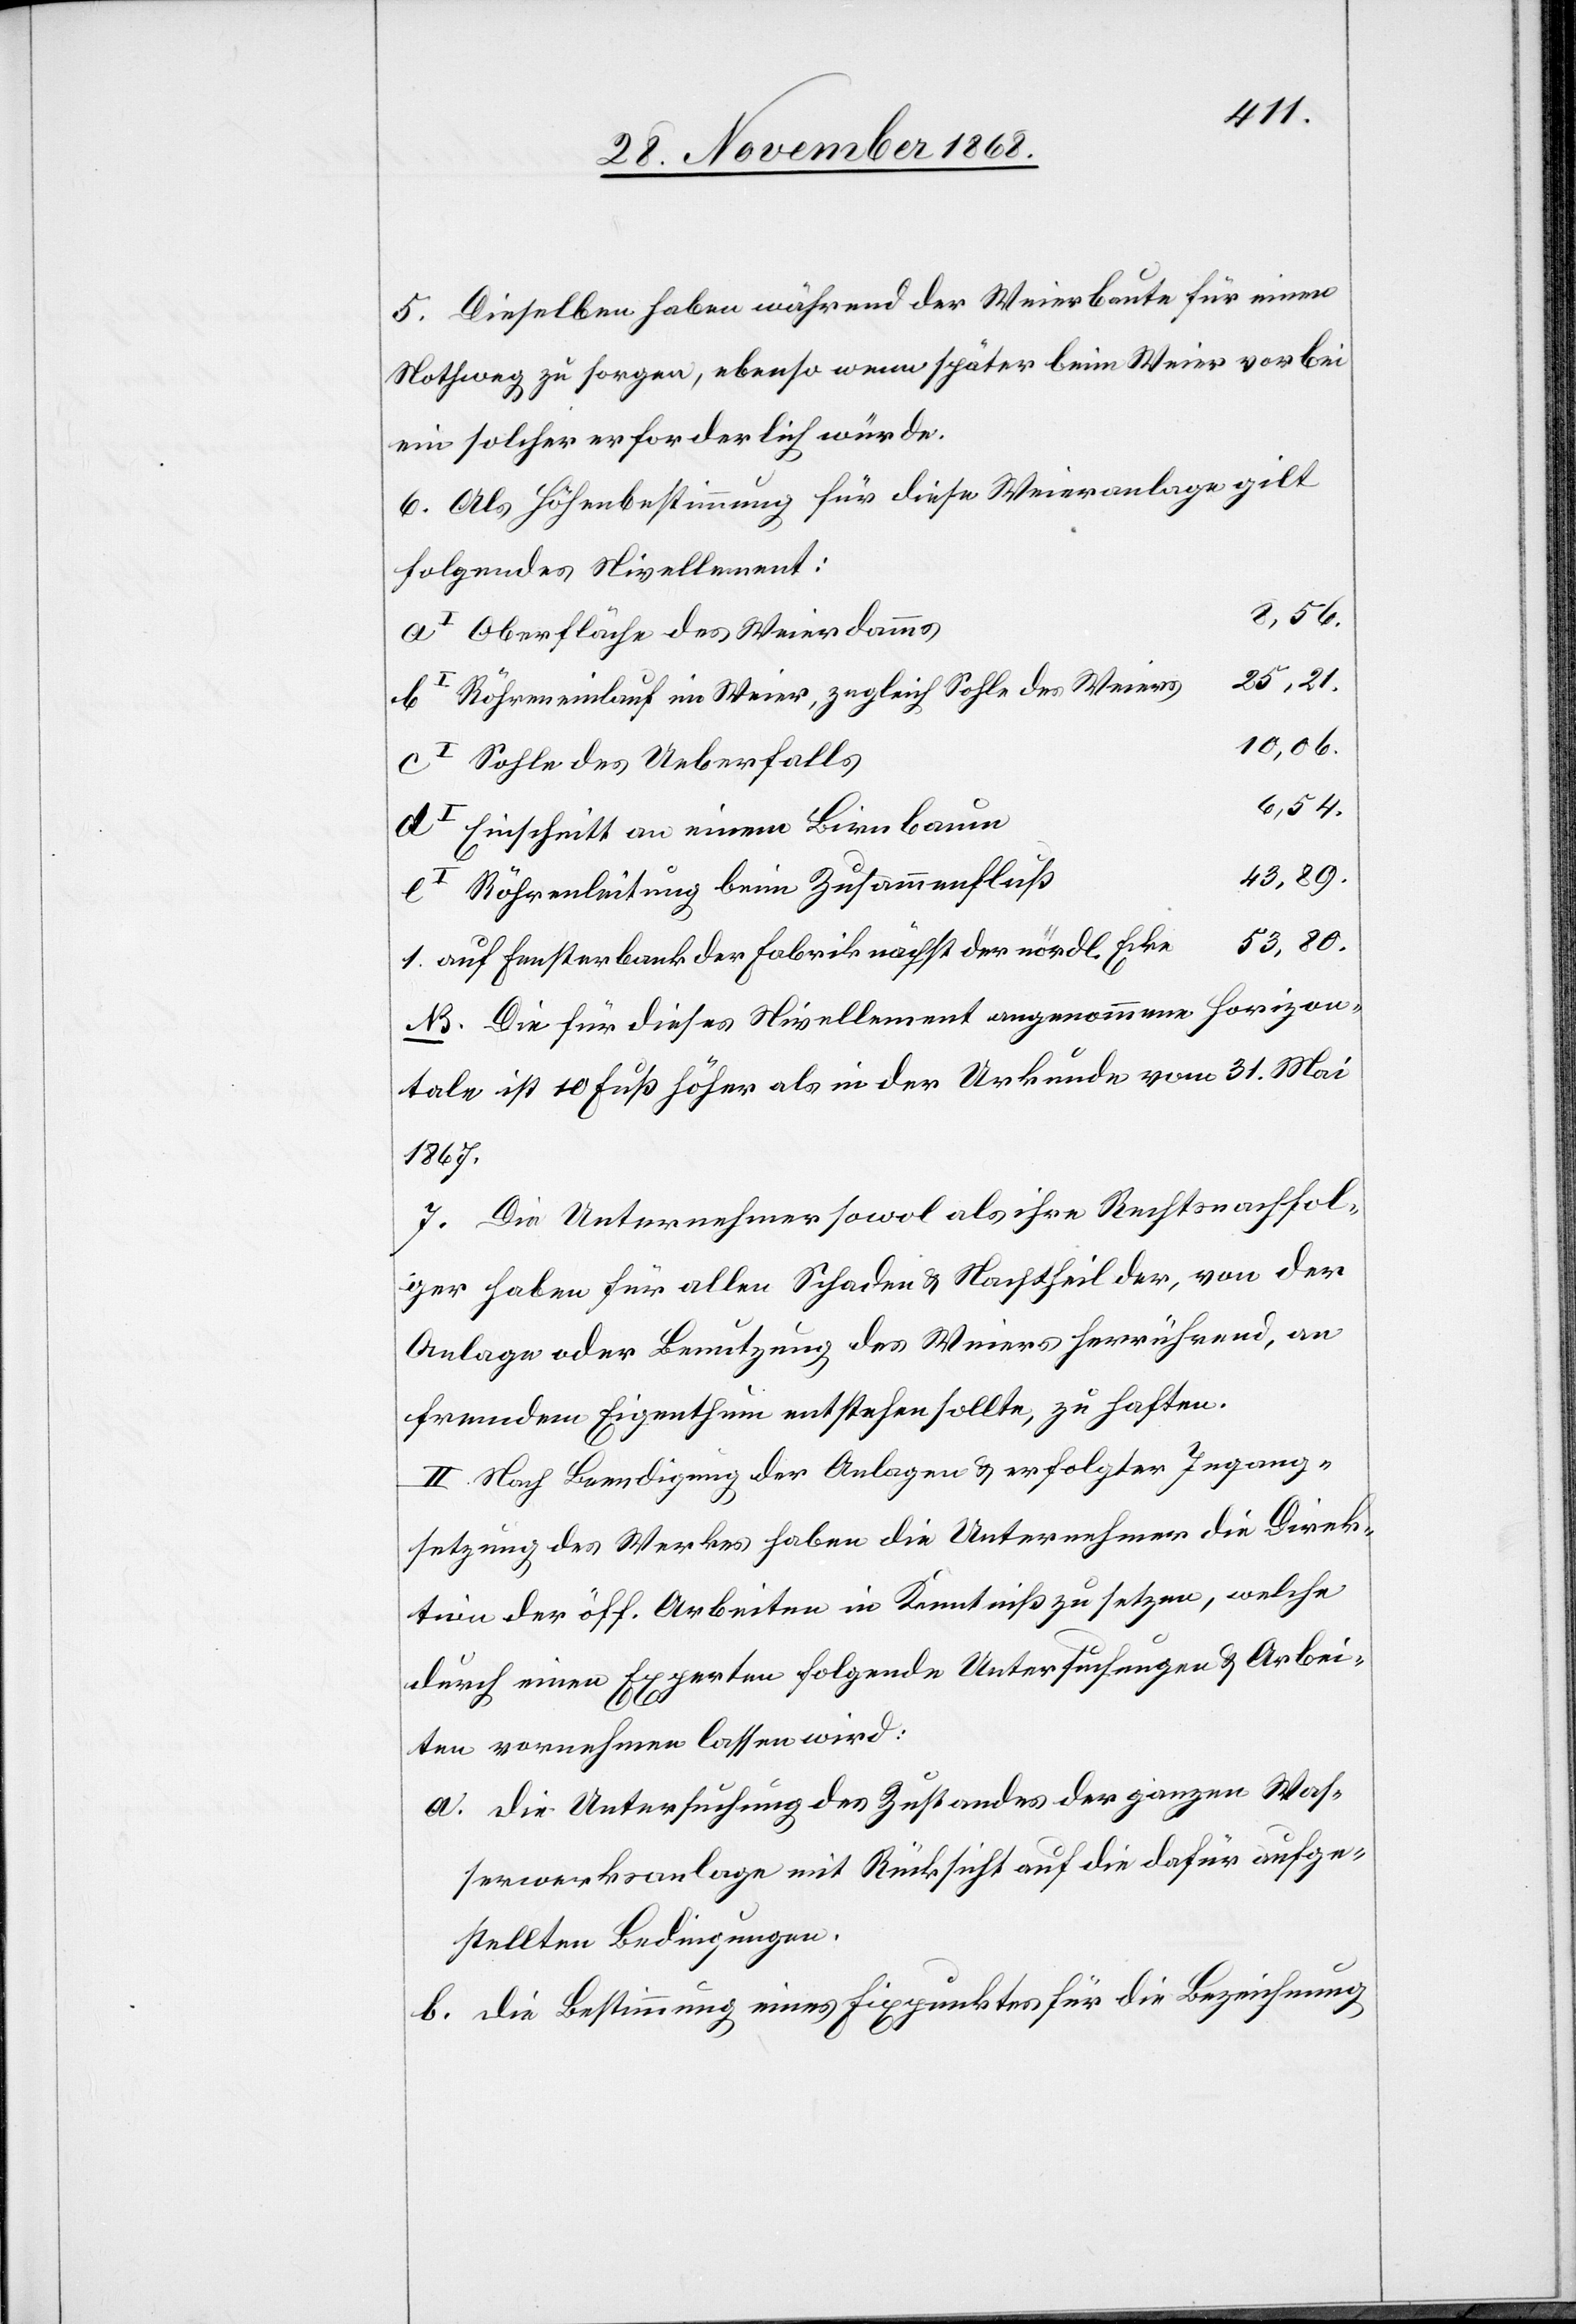
5. Dieselben haben während der Weierbaute für einen
Nothweg zu sorgen, ebenso wenn später beim Weier vorbei
ein solcher erforderlich würde.
6. Als Höhenbestimmung für diese Weieranlage gilt
folgendes Nivellement:
Oberfläche des Weierdamms
25,21.
Röhreneinlauf im Weier, zugleich Sohle des Weiers
10,06.
Sohle des Ueberfalls
6,54.
Einschnitt an einem Birnbaum
Röhrenleitung beim Zusammenfluß
53,80.
auf Fensterbank der Fabrik nächst der nördl. Ecke
NB. Die für dieses Nivellement angenommene Horizon¬
tale ist 10 Fuß höher als in der Urkunde vom 31. Mai
1867.
7. Die Unternehmer sowol als ihre Rechtsnachfol¬
ger haben für allen Schaden & Nachtheil der, von der
Anlage oder Benutzung des Weiers herrührend, an
fremdem Eigenthum entstehen sollte, zu haften.
II. Nach Beendigung der Anlagen & erfolgter Ingang¬
setzung des Werkes haben die Unternehmer die Direk¬
tion der öff. Arbeiten in Kenntniß zu setzen, welche
durch einen Experten folgende Untersuchungen & Arbei¬
ten vornehmen lassen wird:
Die Untersuchung des Zustandes der ganzen Was¬
serwerksanlage mit Rücksicht auf die dafür aufge¬
stellten Bedingungen.